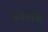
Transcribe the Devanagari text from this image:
धकेलेंगी